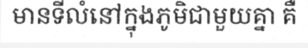
មានទីលំនៅក្នុងភូមិជាមួយគ្នា គឺ